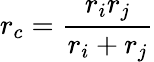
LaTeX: r_{c}=\frac{r_{i}r_{j}}{r_{i}+r_{j}}